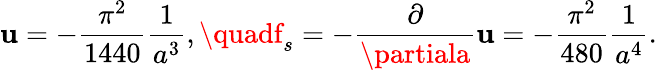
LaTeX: \mathbf{u}=-{\frac{{\pi^{2}}}{{1440}}}{\frac{{1}}{{a^{3}}}},\quadf_{s}=-{\frac{{\partial}}{{\partiala}}}\mathbf{u}=-{\frac{{\pi^{2}}}{{480}}}{\frac{{1}}{{a^{4}}}}.